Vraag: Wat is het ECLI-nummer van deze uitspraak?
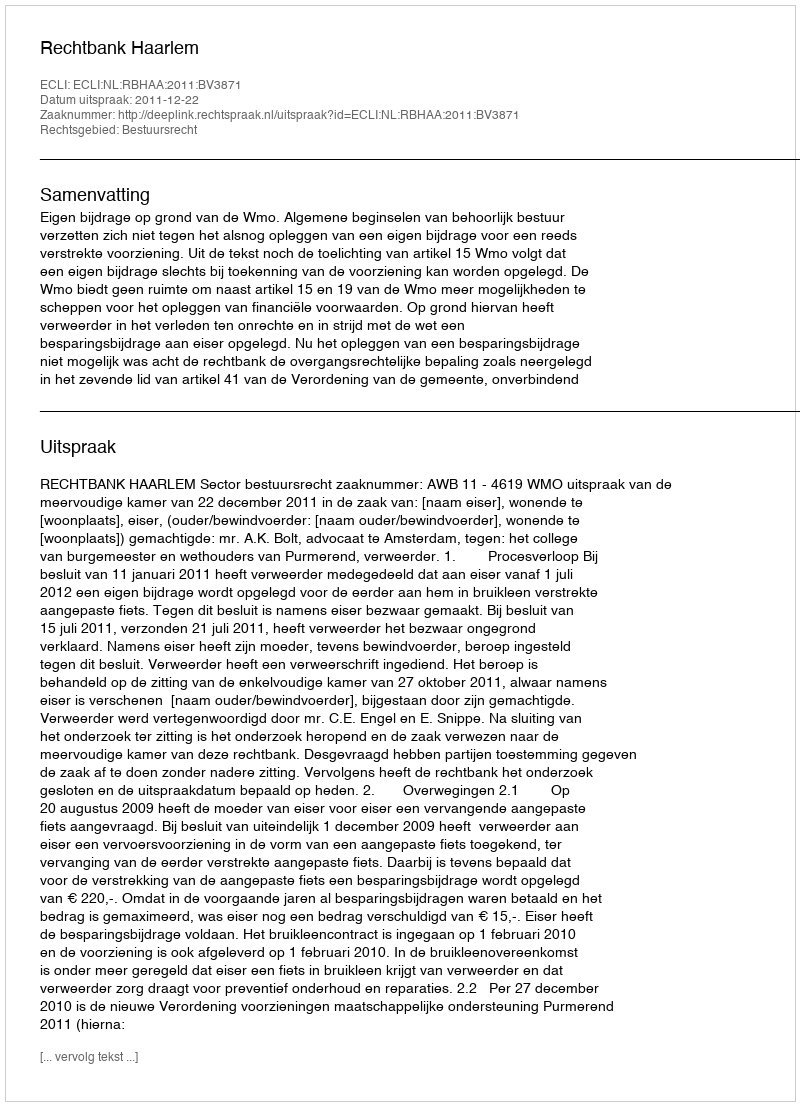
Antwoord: ECLI:NL:RBHAA:2011:BV3871